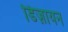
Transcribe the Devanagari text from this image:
डिज़ायन